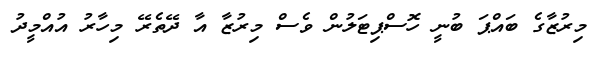
މިރުޒާގެ ބައްޕަ ބުނީ ހޮސްޕިޓަލުން ވެސް މިރުޒާ އާ ދޭތެރޭ މިހާރު އުއްމީދު